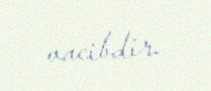
vacibdir.